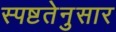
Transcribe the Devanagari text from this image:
स्पष्टतेनुसार